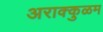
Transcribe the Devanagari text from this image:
अराक्कुळम